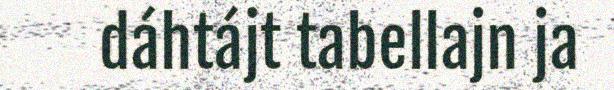
dáhtájt tabellajn ja